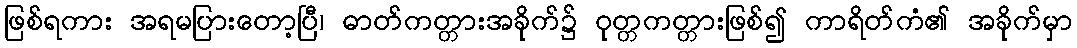
ဖြစ်ရကား အရမပြားတော့ပြီ၊ ဓာတ်ကတ္တားအခိုက်၌ ဝုတ္တကတ္တားဖြစ်၍ ကာရိတ်ကံ၏ အခိုက်မှာ